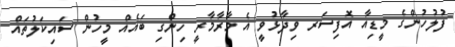
ފުލުހުންގެ މީޑިއާ އޮފިސަރ ވިދާޅުވީ އެ މާރާމާރީ ހިންގި ބައެއް މީހުން ސައިކަލުތައް